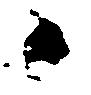
々